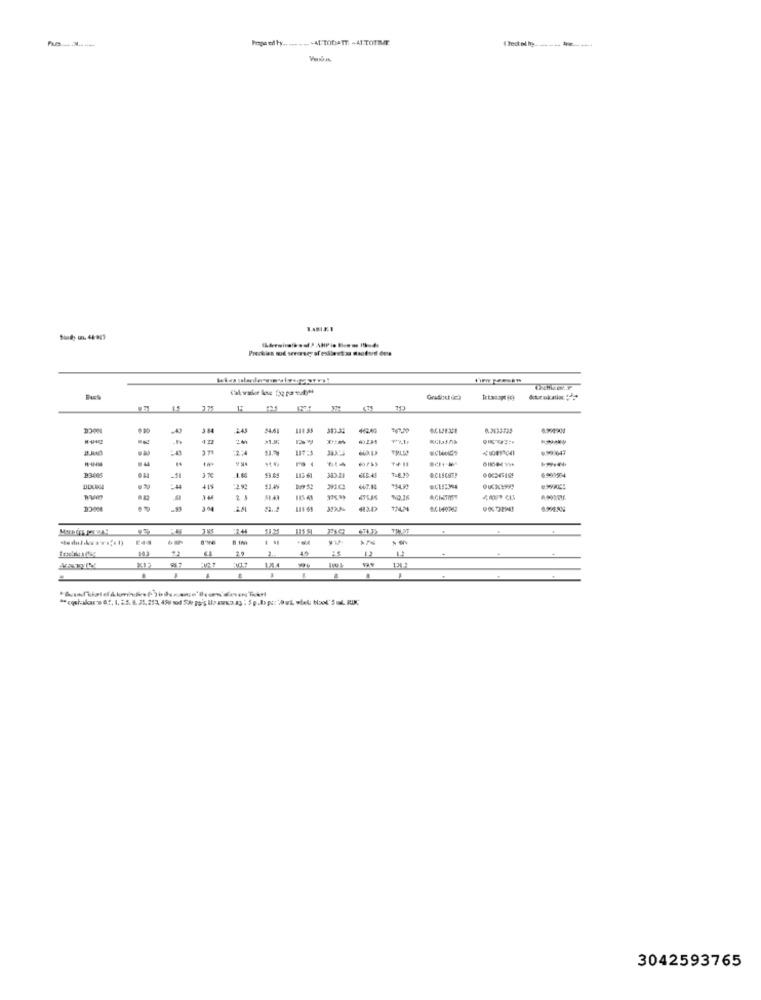
1.4813.1
15
3 84
0.3133735
373
113 61
6.999984
#
E44
45
12
126 3
3042593765